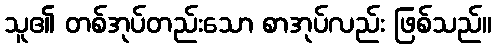
သူ၏ တစ်အုပ်တည်းသော စာအုပ်လည်း ဖြစ်သည်။